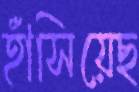
হাঁসিয়েছ